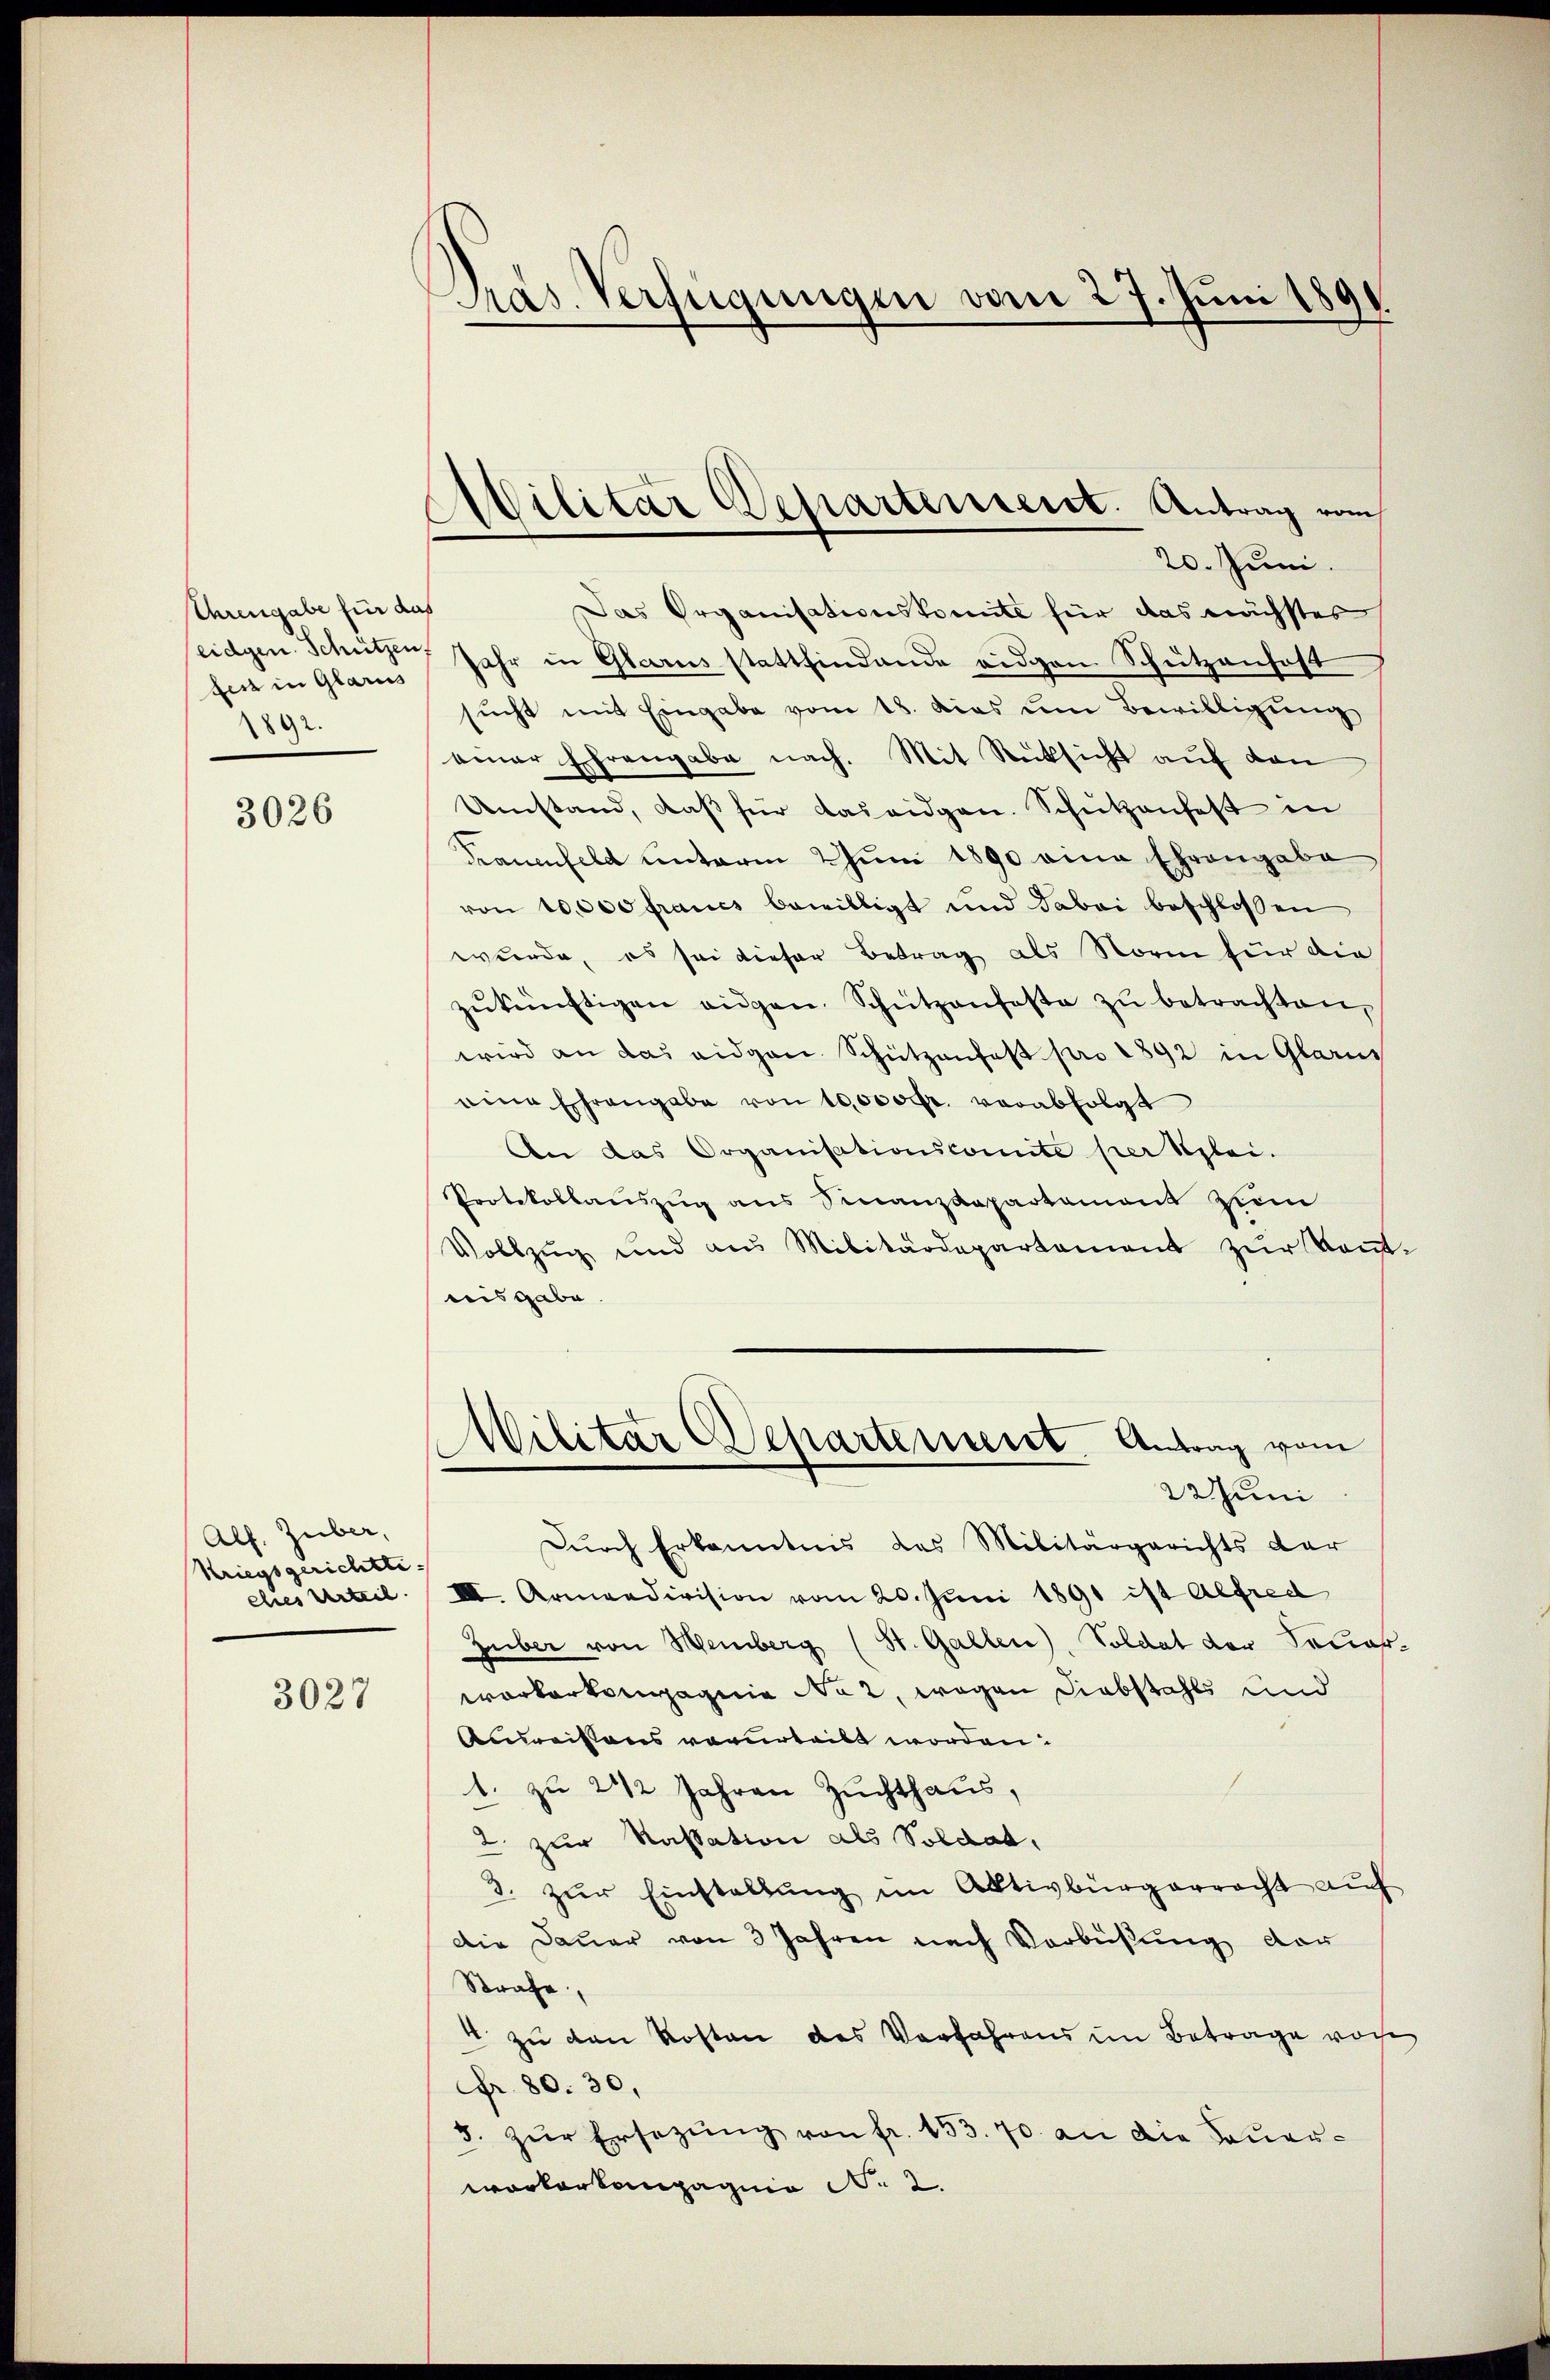
Ehrengabe für das
fert in Glarus
892.

3026

Alf. Zuber,
kriegsgerichtte
ches Urteil

3027

Pras. Verfügungen vom 27. Juni 1891

Militär Departensent. Antrag vom
20. Juni.

Das Organisationskomite für das nächstes
eidgen. Schützen Jahr in Glarus stattfindende eidgen. Schutzanfost
sucht mit Eingabe vom 18. dies um Bewilligung
einer Ehrengabe nach. Mit Rücksicht auf den
Umstand, daß für Baueidgen. Schützenfest in
Trauenfeld unterm 2 Juni 1890 eine Ehrengabe
von 10000 francs bewilligt und Tabai beschlossen
wurde, es sei dieser Betrag als Norm für die
zŭkünftigen eigen Schützenfeste zŭ betrachten,
wird an das eidgen. Schützenfast pro 1892 in Glarus
eine Ehrengabe von 10,000 fr. verabfolgt
An das Organisationscomite per Klei-
Protokollauszug aus Sinanzdepartemont zum
Vollzŭg und aus Militärdepartament zŭr Kont-
nisgabe.
Wilitar Departement. Antrag vom
22 Juni
Durch Erkenntnis das Militärgerichts dar
II Armendivision vom 20. Juni 1891 ist Alfred
Guber von Weinberg (St. Gallen), Soldat der Feuerworkerkompagnie No 2, wegen Diebstahls und
Anweissens verurteilt worden:
1. zu 2 1/2 Jahren Zuchthaus,
2. zur Kassation als Soldat,
3. zŭr Einstellung im Aktivbürgerrecht auf
Die Dauer von 3 Jahren nach Verbüßung dar
Strafe,
4 zu den Kosten des Verfahrens im Betrage von
fr. 80. 30.
3. zŭr Ersezŭng von fr. 153. 70 an die Sauer-
workorkompagnie N. 2.